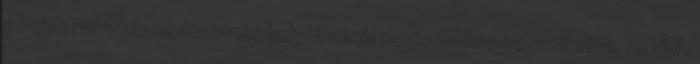
a hajók radarkibocsátásának helyét minél pontosabban behatárolják. Az NRL